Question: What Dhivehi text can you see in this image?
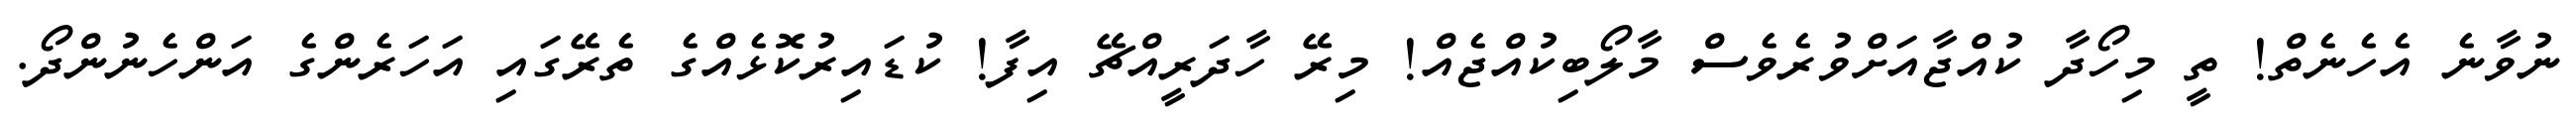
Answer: ނުވާނެ އެހެނެތް! ތީ މިހޯދާ ކުއްޖާއަށްވުރެވެސް މާލޯބިކުއްޖެއް! މިރޭ ހާދަރީއްޗޭ އިފާ! ކުޑައިރުކޮޅެއްގެ ތެރޭގައި އަހަރެންގެ އަންހެނުންދޯ.